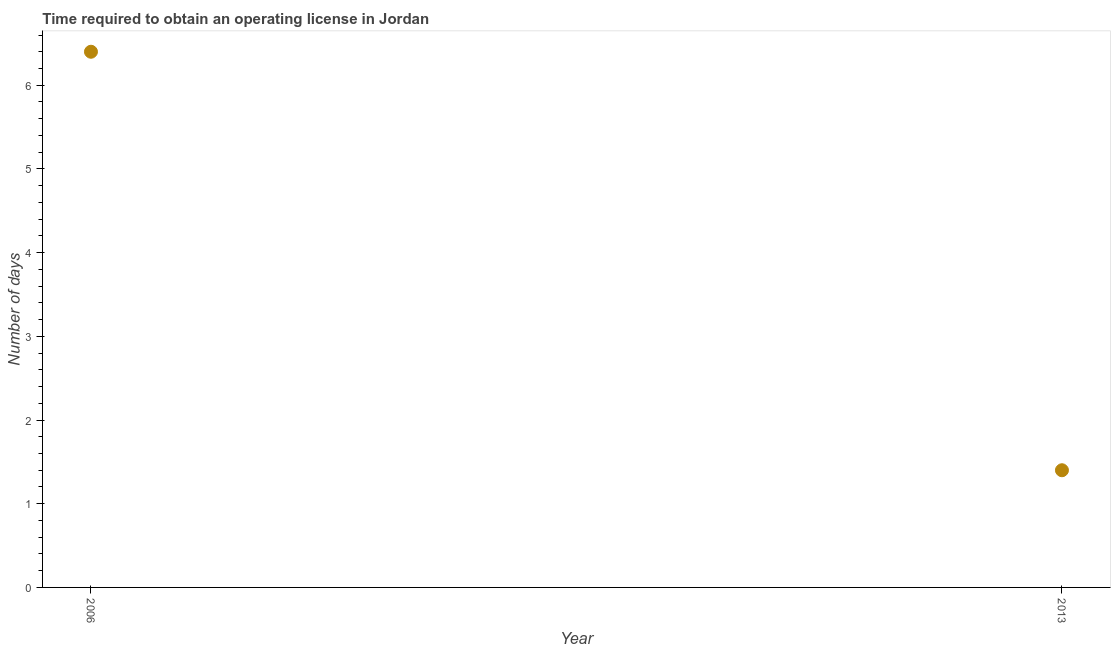
| Year | Obtain operating license |
 | --- | --- |
 | 2006 | 6.4 |
 | 2013 | 1.4 |